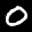
Label: 0